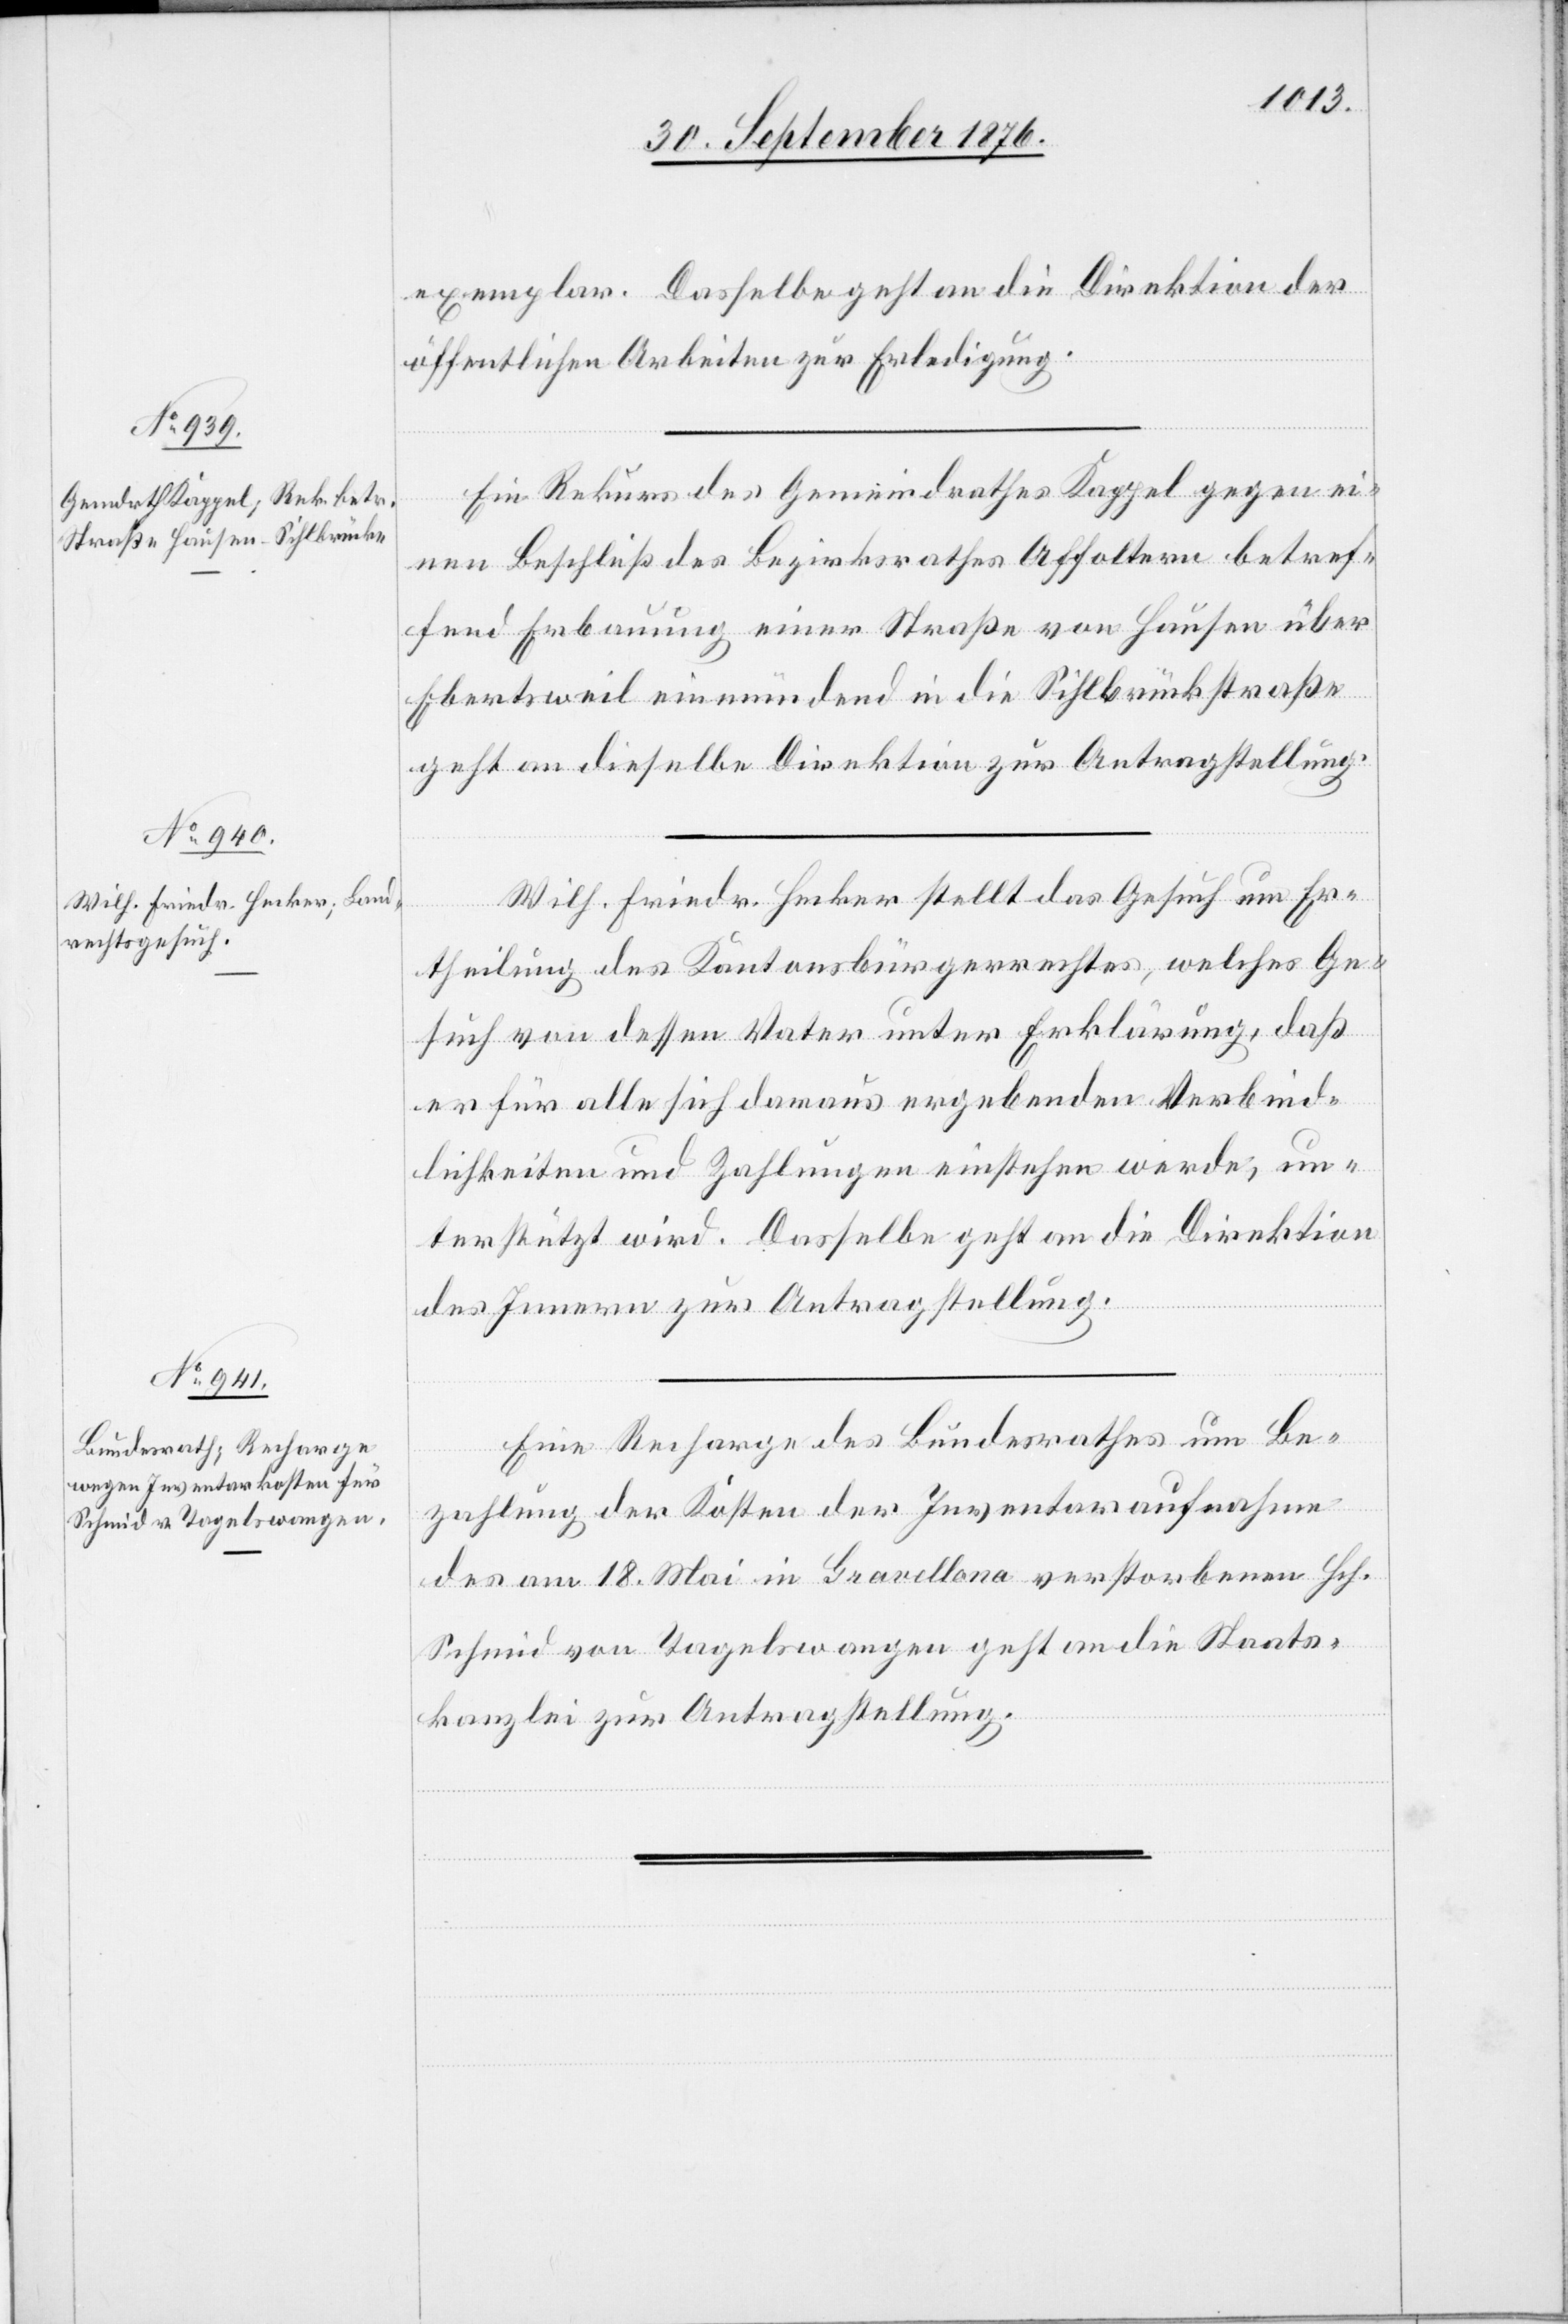
exemplar. Dasselbe geht an die Direktion der
öffentlichen Arbeiten zur Erledigung.
Ein Rekurs des Gemeindrathes Kappel gegen ei¬
nen Beschluß des Bezirksrathes Affoltern betref¬
fend Erbauung einer Straße von Hausen über
Ebertweil einmündend in die Sihlbrückstraße
geht an dieselbe Direktion zur Antragstellung.
Wilh. Friedr. Hecker stellt das Gesuch um Er¬
theilung des Kantonsbürgerrechtes, welches Ge¬
such von dessen Vater unter Erklärung, daß
er für alle sich daraus ergebenden Verbind¬
lichkeiten und Zahlungen einstehen werde, un¬
terstützt wird. Dasselbe geht an die Direktion
des Innern zur Antragstellung.
Eine Recharge des Bundesrathes um Be¬
zahlung der Kosten der Inventaraufnahme
des am 18. Mai in Gravellona verstorbenen Hch.
Schmid von Tagelswangen geht an die Staats¬
kanzlei zur Antragstellung.
3.